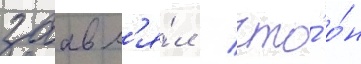
заавл'я́л / что́ о́н